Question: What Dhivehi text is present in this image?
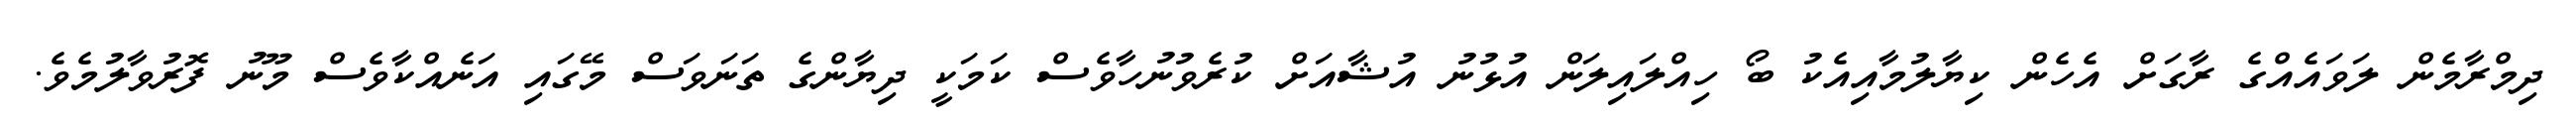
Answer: ދިމްރާމެން ލަވައެއްގެ ރާގަށް އެހެން ކިޔާލުމާއިއެކު ބޯ ހިއްލައިލަން އުޅުނު އުޝާއަށް ކުރެވުނުހާވެސް ކަމަކީ ދިޔާންގެ ތަނަވަސް މޭގައި އަނެއްކާވެސް މޫނު ފޮރުވާލުމެވެ.